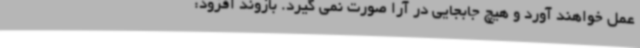
عمل خواهند آورد و هیچ جابجایی در آرا صورت نمی گیرد. بازوند افزود: